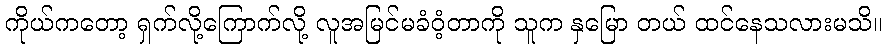
ကိုယ်ကတော့ ရှက်လို့ကြောက်လို့ လူအမြင်မခံဝံ့တာကို သူက နှမြော တယ် ထင်နေသလားမသိ။